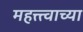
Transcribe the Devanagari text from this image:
महत्त्त्वाच्या